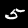
Label: 5